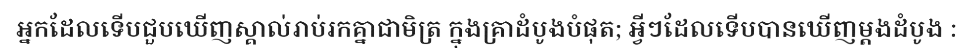
អ្នកដែលទើបជួបឃើញស្គាល់រាប់រកគ្នាជាមិត្រ ក្នុងគ្រាដំបូងបំផុត; អ្វីៗដែលទើបបានឃើញម្តងដំបូង :